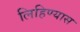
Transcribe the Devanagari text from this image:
लिहिण्‍यास